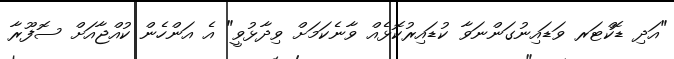
"އަދި ޑޮކްޓަރ ވަޑައިނުގަންނަވާ ކުޑައިރުކޮޅެއް ވާނެކަމަށް ވިދާޅުވީ" އެ އަންހެން ކުއްޖާއަށް ސޮފޫރާ